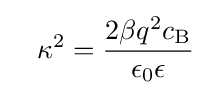
\;\;\;\kappa ^{2}={\frac {2\beta q^{2}c_{\rm {B}}}{\epsilon _{0}\epsilon }}